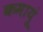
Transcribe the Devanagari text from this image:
कमायूं